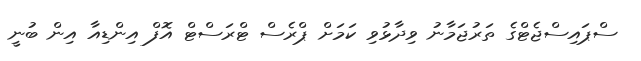
ސްޕައިސްޖެޓްގެ ތަރުޖަމާނު ވިދާޅުވި ކަމަށް ޕްރެސް ޓްރަސްޓް އޮފް އިންޑިއާ އިން ބުނީ